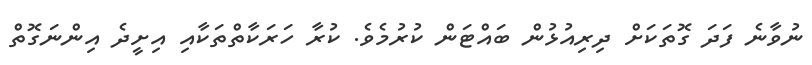
ނުވާނެ ފަދަ ގޮތަކަށް ދިރިއުޅުން ބައްޓަން ކުރުމެވެ. ކުރާ ހަރަކާތްތަކާއި އިށީދެ އިންނަގޮތް